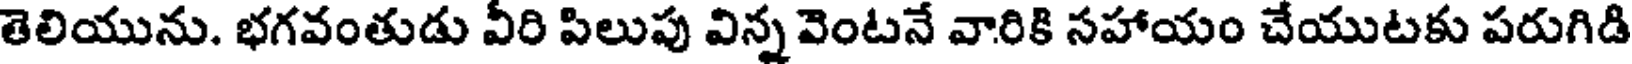
తెలియును. భగవంతుడు వీరి పిలుపు విన్న వెంటనే వారికి సహాయం చేయుటకు పరుగిడి